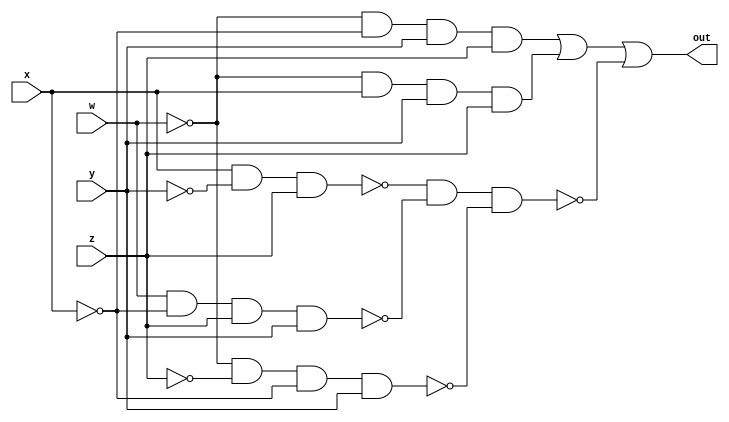
// Copyright (C) 2018  Intel Corporation. All rights reserved.
// Your use of Intel Corporation's design tools, logic functions 
// and other software and tools, and its AMPP partner logic 
// functions, and any output files from any of the foregoing 
// (including device programming or simulation files), and any 
// associated documentation or information are expressly subject 
// to the terms and conditions of the Intel Program License 
// Subscription Agreement, the Intel Quartus Prime License Agreement,
// the Intel FPGA IP License Agreement, or other applicable license
// agreement, including, without limitation, that your use is for
// the sole purpose of programming logic devices manufactured by
// Intel and sold by Intel or its authorized distributors.  Please
// refer to the applicable agreement for further details.

// PROGRAM		"Quartus Prime"
// VERSION		"Version 18.1.0 Build 625 09/12/2018 SJ Standard Edition"
// CREATED		"Thu Jun 11 18:07:22 2020"

module Block1(
	w,
	x,
	y,
	z,
	out
);


input wire	w;
input wire	x;
input wire	y;
input wire	z;
output wire	out;

wire	SYNTHESIZED_WIRE_0;
wire	SYNTHESIZED_WIRE_14;
wire	SYNTHESIZED_WIRE_2;
wire	SYNTHESIZED_WIRE_15;
wire	SYNTHESIZED_WIRE_8;
wire	SYNTHESIZED_WIRE_9;
wire	SYNTHESIZED_WIRE_10;
wire	SYNTHESIZED_WIRE_11;
wire	SYNTHESIZED_WIRE_12;
wire	SYNTHESIZED_WIRE_13;




assign	SYNTHESIZED_WIRE_8 = ~(x & SYNTHESIZED_WIRE_0 & z);

assign	SYNTHESIZED_WIRE_10 = ~(SYNTHESIZED_WIRE_14 & SYNTHESIZED_WIRE_2 & SYNTHESIZED_WIRE_15 & y);

assign	SYNTHESIZED_WIRE_12 = SYNTHESIZED_WIRE_14 & x & y & z;

assign	SYNTHESIZED_WIRE_11 = SYNTHESIZED_WIRE_14 & SYNTHESIZED_WIRE_15 & y & z;

assign	SYNTHESIZED_WIRE_9 = ~(w & SYNTHESIZED_WIRE_15 & z & y);

assign	SYNTHESIZED_WIRE_14 = ~(w & w);

assign	SYNTHESIZED_WIRE_15 = ~(x & x);

assign	SYNTHESIZED_WIRE_0 = ~(y & y);

assign	SYNTHESIZED_WIRE_2 = ~(z & z);

assign	SYNTHESIZED_WIRE_13 = ~(SYNTHESIZED_WIRE_8 & SYNTHESIZED_WIRE_9 & SYNTHESIZED_WIRE_10);

assign	out = SYNTHESIZED_WIRE_11 | SYNTHESIZED_WIRE_12 | SYNTHESIZED_WIRE_13;


endmodule